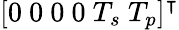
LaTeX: [0\mathrm{~}0\mathrm{~}0\mathrm{~}0\mathrm{~}T_{s}\mathrm{~}T_{p}]^{\intercal}